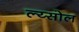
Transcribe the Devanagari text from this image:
ल्य्सोल